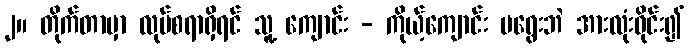
၂။ တိုက်တာမှာ လုပ်စရာရှိရင် သူ့ ကျောင်း - ကိုယ့်ကျောင်း မရွေးဘဲ အားလုံးဝိုင်း၍